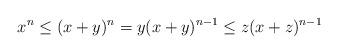
LaTeX: \begin{align*}x^n\leq (x+y)^n = y(x+y)^{n-1}\leq z(x+z)^{n-1} \end{align*}